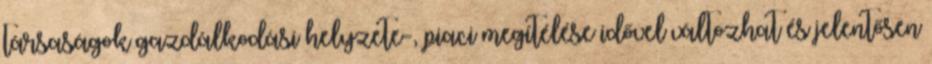
társaságok gazdálkodási helyzete-, piaci megítélése idővel változhat és jelentősen